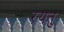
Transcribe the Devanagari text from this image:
रयतु